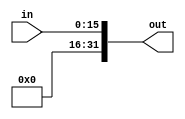
`timescale 1ns / 1ps
//Iain Donnelly , Josue Ortiz
// Effort 50-50
//////////////////////////////////////////////////////////////////////////////////
// Company: 
// Engineer: 
// 
// Design Name: 
// Module Name: ZeroExtension
// Project Name: 
// Target Devices: 
// Tool Versions: 
// Description: 
// 
// Dependencies: 
// 
// Revision:
// Revision 0.01 - File Created
// Additional Comments:
// 
//////////////////////////////////////////////////////////////////////////////////


module ZeroExtension(in, out);

    /* A 16-Bit input word */
    input [15:0] in;
    
    /* A 32-Bit output word */
    output reg [31:0] out;   //using always @
    //output [31:0] out;   //using assign statement
    
    always @(in) begin
        out <= {16'b0000000000000000,in}; 
    end

endmodule